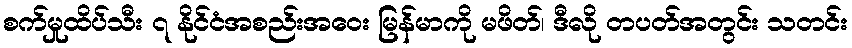
စက်မှုထိပ်သီး ၇ နိုင်ငံအစည်းအဝေး မြန်မာကို မဖိတ်၊ ဒီလို တပတ်အတွင်း သတင်း